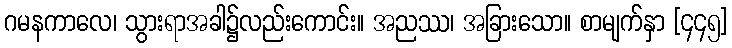
ဂမနကာလေ၊ သွားရာအခါ၌လည်းကောင်း။ အညဿ၊ အခြားသော။ စာမျက်နှာ [၄၄၅]